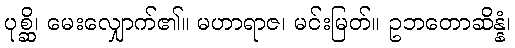
ပုစ္ဆိ၊ မေးလျှောက်၏။ မဟာရာဇ၊ မင်းမြတ်။ ဥဘတောဆိန္နံ၊